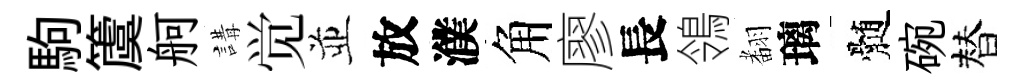
駒𥵂舸講觉並放濮角廖長鴒𮋒璃髄碗替